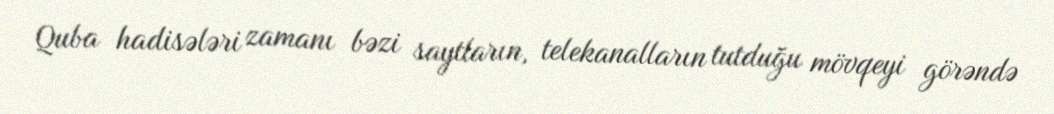
Quba hadisələri zamanı bəzi saytların, telekanalların tutduğu mövqeyi görəndə